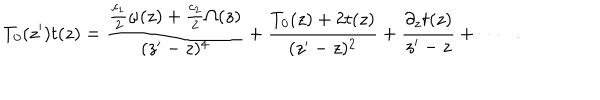
T _ { 0 } ( z ^ { \prime } ) t ( z ) = \frac { \frac { c _ { 1 } } { 2 } \omega ( z ) + \frac { c _ { 2 } } { 2 } \Omega ( z ) } { ( z ^ { \prime } - z ) ^ { 4 } } + \frac { T _ { 0 } ( z ) + 2 t ( z ) } { ( z ^ { \prime } - z ) ^ { 2 } } + \frac { \partial _ { z } t ( z ) } { z ^ { \prime } - z } + \cdots \: \: \: .